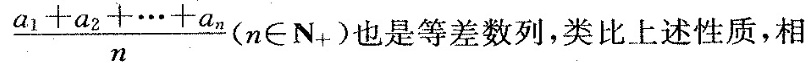
$$\frac{a_{1}+a_{2}+ \cdots +a_{n}}{n}(n \in N_{+})$$ 也是等差数列，类比上述性质，相